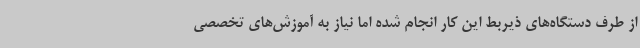
از طرف دستگاه‌های ذیربط این کار انجام شده اما نیاز به آموزش‌های تخصصی